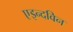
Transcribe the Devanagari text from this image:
एइन्दविन